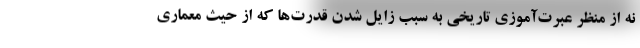
نه از منظر عبرت‌آموزی تاریخی به سبب زایل شدن قدرت‌ها که از حیث معماری